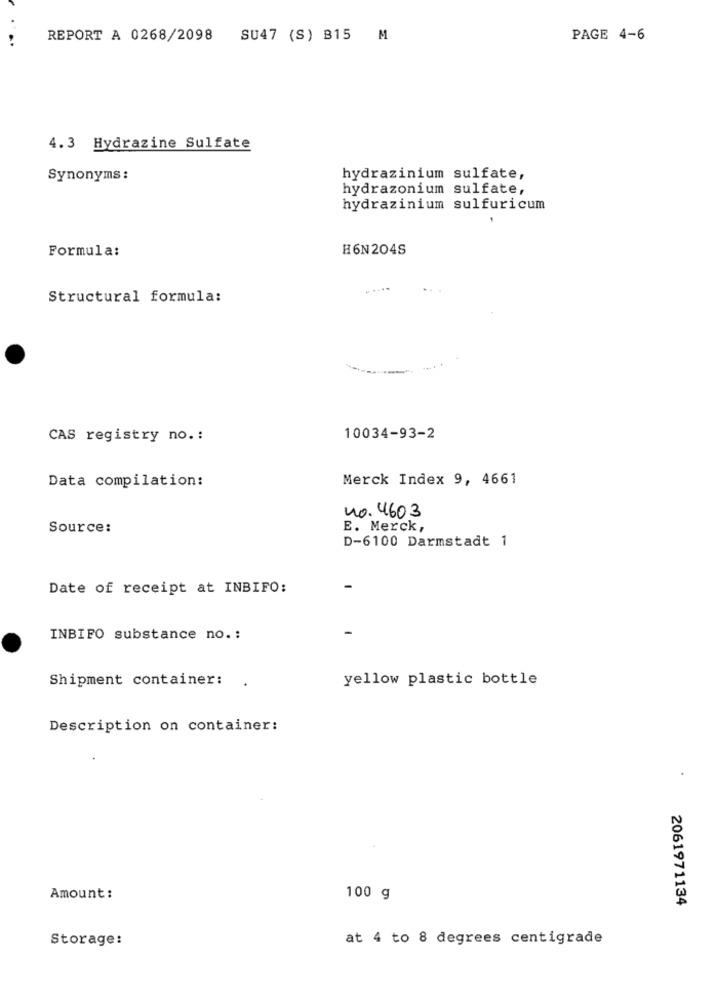
REPORT A 0268/2098
SU47 (S) B15 M
PAGE 4-6
4.3 Hydrazine Sulfate
Synonyms :
hydrazinium sulfate,
hydrazonium sulfate,
hydrazinium sulfuricum
Formula:
H6N204S
Structural formula:
CAS registry no .:
10034-93-2
Data compilation:
Merck Index 9, 4661
no. 4603
Source:
E. Merck,
D-6100 Darmstadt 1
Date of receipt at INBIFO:
INBIFO substance no .:
Shipment container:
.
yellow plastic bottle
Description on container:
Amount :
100 g
2061971134
Storage:
at 4 to 8 degrees centigrade